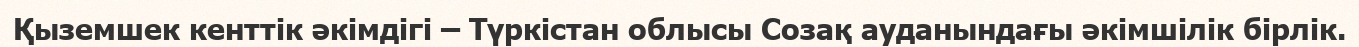
Қыземшек кенттік әкімдігі – Түркістан облысы Созақ ауданындағы әкімшілік бірлік.